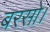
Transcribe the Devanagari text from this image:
बरसो।